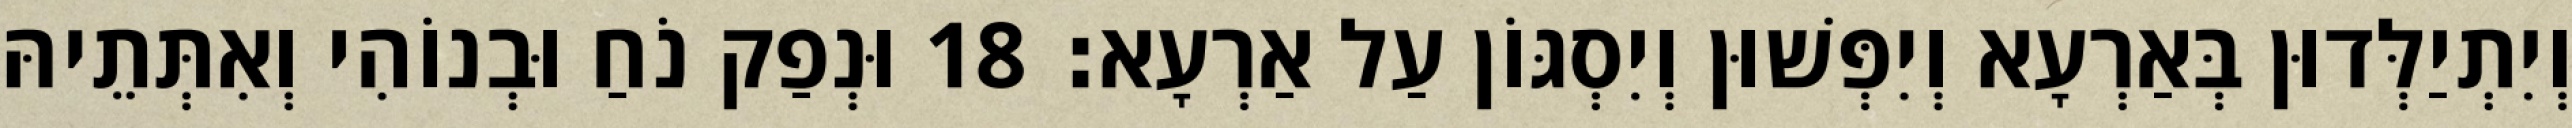
וְיִתְיַלְּדוּן בְּאַרְעָא וְיִפְּשׁוּן וְיִסְגּוֹן עַל אַרְעָא׃ 18 וּנְפַק נֹחַ וּבְנוֹהִי וְאִתְּתֵיהּ